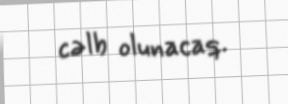
cəlb olunacaq.